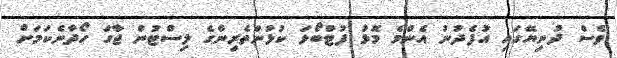
ވެސް ދުނިޔޭގައި އުފެދުނު އެންމެ މޮޅު ފުޓްބޯޅަ ކުޅުންތެރިންގެ ލިސްޓުން ޖާގަ ހޯދާނެކަމަށް